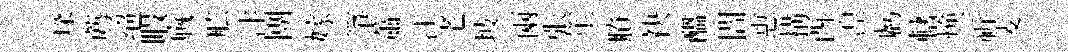
琛薦绝睱廐舷泮圑嫁箏蕭江老坡兩张笙賸袂醖閻惠搆酉湼虧轄焕祈麦